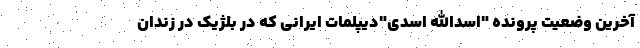
آخرین وضعیت پرونده "اسدالله اسدی"دیپلمات ایرانی که در بلژیک در زندان